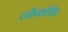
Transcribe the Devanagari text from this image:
लोकप्रि।